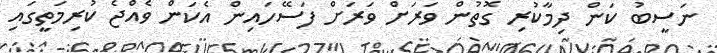
ނަސީބު ކަން ދިމާކުރި ގޮތުން ވަރަށް ވަރަށް ފަސޭހައިން އެކަން ވެއްޖެ ކުރިމަތީގައި